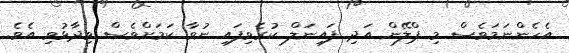
އެހެންނަމަވެސް މި ޕްލޭން އަދި ފައިނަލް ކުރެވިފައި ނުވާ ކަމަށްވެސް ވިދާޅުވި އެެވެ.